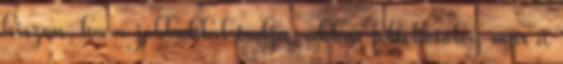
hiszen, ha a jobboldal tudja, akkor feltehetőleg már a